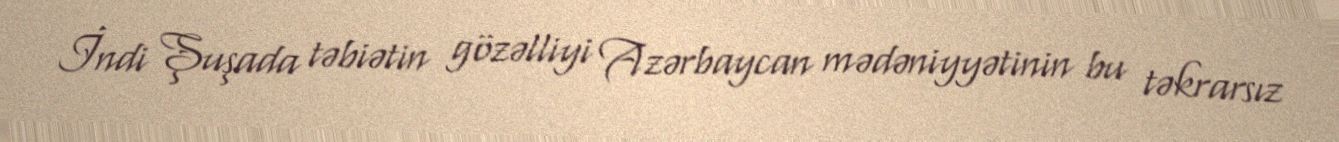
İndi Şuşada təbiətin gözəlliyi Azərbaycan mədəniyyətinin bu təkrarsız